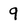
Character: 9